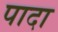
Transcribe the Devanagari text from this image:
पादा